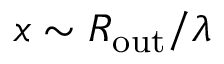
x \sim R _ { \mathrm { o u t } } / \lambda